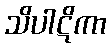
သိပါဋိကာ